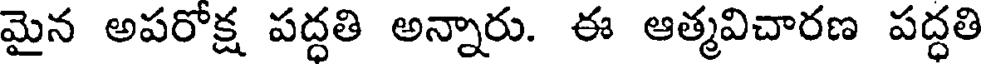
మైన అపరోక్ష పద్ధతి అన్నారు. ఈ ఆత్మవిచారణ పద్ధతి